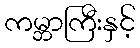
ကမ္ဘာကြီးနှင့်